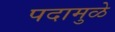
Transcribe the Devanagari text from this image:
पदामुळे